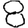
Digit: 8